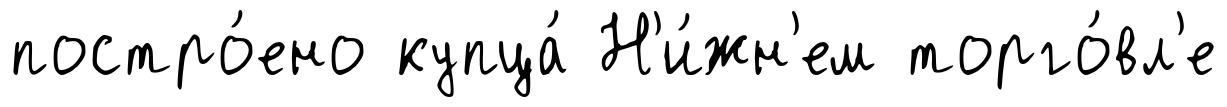
постро́ено купца́ Н'и́жн'ем торго́вл'е